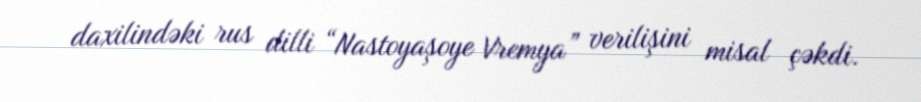
daxilindəki rus dilli “Nastoyaşoye Vremya” verilişini misal çəkdi.